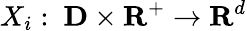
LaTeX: X_{i}:~\mathbf{D}\times\mathbf{R}^{+}\rightarrow\mathbf{R}^{d}